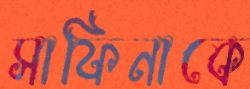
সাফিনাকে